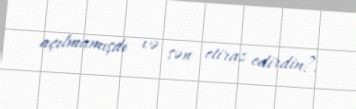
açılmamışdı və sən etiraz edirdin?.